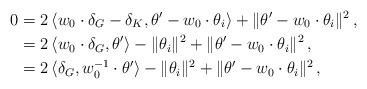
LaTeX: \begin{align*}0&=2\, \langle w_0\cdot\delta_G-\delta_K,\theta'-w_{0}\cdot\theta_{i}\rangle+\|\theta'-w_0\cdot\theta_i\|^2\,,\\&= 2\,\langle w_0\cdot\delta_G,\theta'\rangle-\|\theta_i\|^2+\|\theta'-w_0\cdot\theta_i\|^2\,,\\&= 2\,\langle \delta_G,w_{0}^ {-1}\cdot\theta'\rangle-\|\theta_i\|^2+\|\theta'-w_0\cdot\theta_i\|^2\,, \end{align*}